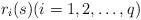
LaTeX: \begin{align*}r_i(s)(i=1,2,\ldots,q)\end{align*}